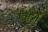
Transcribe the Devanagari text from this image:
वल्मजी